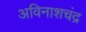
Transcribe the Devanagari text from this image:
अविनाशचंद्र